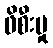
ဖိစီးမှု